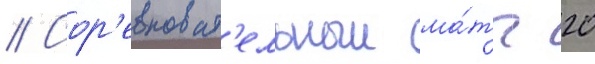
// Сор'евноват'ельныи ма́тч 20